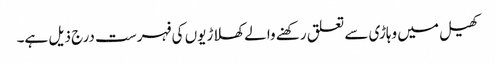
کھیل میں وہاڑی سے تعلق رکھنے والے کھلاڑیوں کی فہرست درج ذیل ہے۔